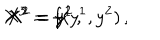
LaTeX: X ^ { 3 } = f ( y ^ { 1 } , y ^ { 2 } ) \, , \hspace { 0 . 5 c m } X ^ { 1 } = y ^ { 1 } \, , \hspace { 0 . 5 c m } X ^ { 2 } = y ^ { 2 } \, .